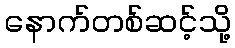
နောက်တစ်ဆင့်သို့